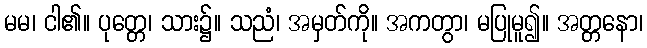
မမ၊ ငါ၏။ ပုတ္တေ၊ သား၌။ သညံ၊ အမှတ်ကို။ အကတွာ၊ မပြုမူ၍။ အတ္တနော၊